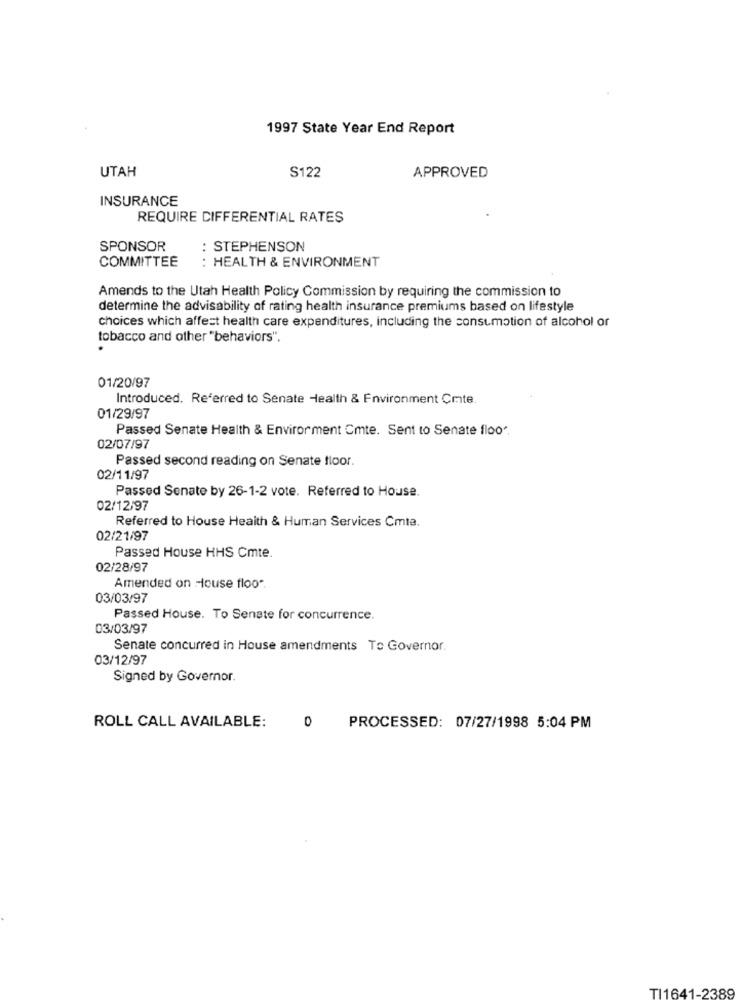
1997 State Year End Report
UTAH
S122
APPROVED
INSURANCE
REQUIRE DIFFERENTIAL RATES
SPONSOR
: STEPHENSON
COMMITTEE
: HEALTH & ENVIRONMENT
Amends to the Utah Health Policy Commission by requiring the commission to
determine the advisability of rating health insurance premiums based on lifestyle
choices which affect health care expenditures, including the consumption of alcohol or
tobacco and other "behaviors",
01/20/97
Introduced. Referred to Senate Health & Environment Cmte.
01/29/97
Passed Senate Health & Environment Cmte. Sent to Senate floo".
02/07/97
Passed second reading on Senate floor.
02/11/97
Passed Senate by 26-1-2 vote. Referred to House.
02/12/97
Referred to House Health & Human Services Cmta.
02/21/97
Passed House HHS Cmte.
02/28/97
Amended on House floor
03/03/97
Passed House. To Senate for concurrence.
03/03/97
Senate concurred in House amendments To Governor.
03/12/97
Signed by Governor.
ROLL CALL AVAILABLE:
0
PROCESSED: 07/27/1998 5:04 PM
TI1641-2389